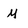
Character: M